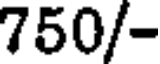
750/-